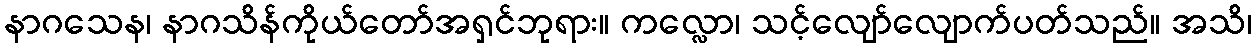
နာဂသေန၊ နာဂသိန်ကိုယ်တော်အရှင်ဘုရား။ ကလ္လော၊ သင့်လျော်လျောက်ပတ်သည်။ အသိ၊